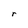
Character: r